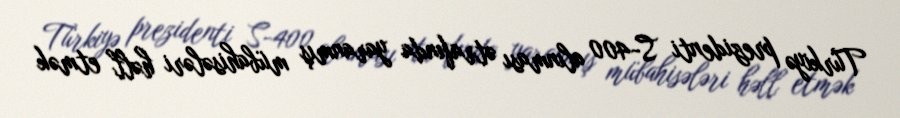
Türkiyə prezidenti S-400 alınması ətrafında yaranmış mübahisələri həll etmək